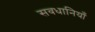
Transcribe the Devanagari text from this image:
सवधानियाँ